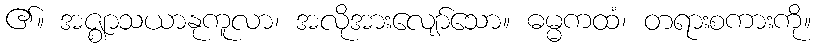
၏။ အဇ္ဈာသယာနုကူလာ၊ အလိုအားလျော်သော။ ဓမ္မကထံ၊ တရားစကားကို။